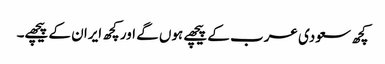
کچھ سعودی عرب کے پیچھے ہوں گے اور کچھ ایران کے پیچھے۔